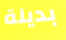
بديلة